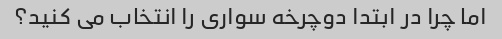
اما چرا در ابتدا دوچرخه سواری را انتخاب می کنید؟